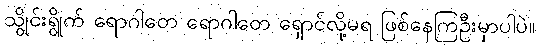
သွိုင်းရွိုက် ရောဂါတေ ရောဂါတေ ရှောင်လို့မရ ဖြစ်နေကြဦးမှာပါပဲ။